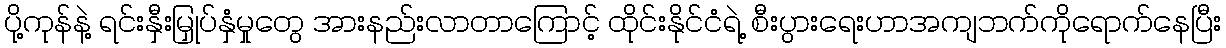
ပို့ကုန်နဲ့ ရင်းနှီးမြှုပ်နှံမှုတွေ အားနည်းလာတာကြောင့် ထိုင်းနိုင်ငံရဲ့ စီးပွားရေးဟာအကျဘက်ကိုရောက်နေပြီး